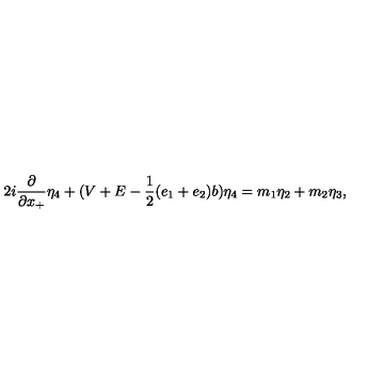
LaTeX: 2 i \frac { \partial } { \partial x _ { + } } { \eta } _ { 4 } + ( V + E - \frac { 1 } { 2 } ( e _ { 1 } + e _ { 2 } ) b ) { \eta } _ { 4 } = m _ { 1 } { \eta } _ { 2 } + m _ { 2 } { \eta } _ { 3 } ,